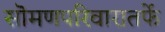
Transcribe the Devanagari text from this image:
सॊमणपरिवारातर्फे